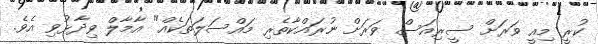
ކުރީ މިއީ ވަރަށް ސީރިއަސް ވަރަށް ނުރައްކާތެރި މައްސަލަތަކެއް" އާމާލް ވިދާޅުވި އެވެ.